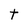
Character: t